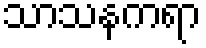
သာသနကရာ